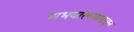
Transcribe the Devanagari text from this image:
अभयारण्यापासून